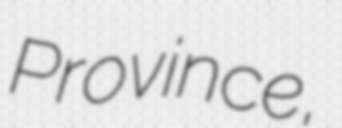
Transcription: Province,